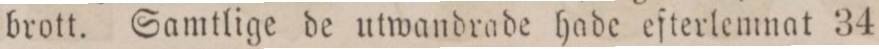
brott. Samtlige de utwandrade hade efterlemnat 34